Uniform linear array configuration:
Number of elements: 48
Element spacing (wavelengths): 1
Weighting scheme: blackman
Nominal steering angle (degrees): -30
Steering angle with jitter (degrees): -30.617
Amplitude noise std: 0.05
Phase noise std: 0.05

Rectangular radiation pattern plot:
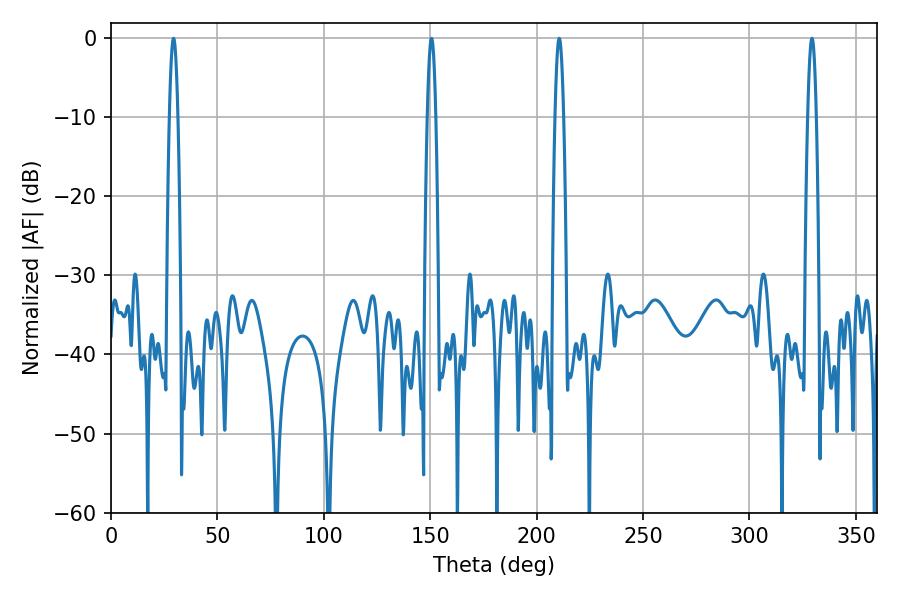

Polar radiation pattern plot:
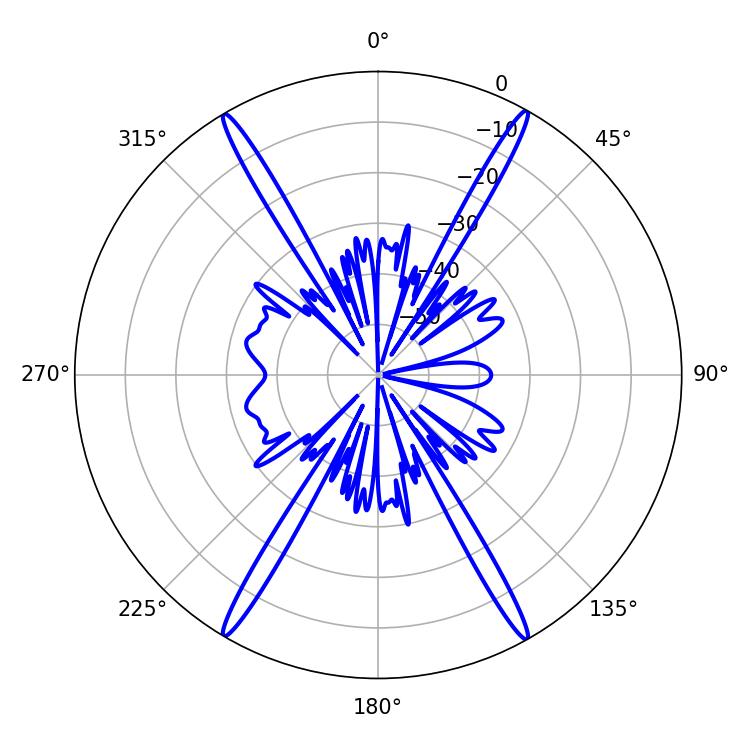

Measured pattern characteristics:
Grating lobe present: TRUE
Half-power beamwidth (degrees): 2.16
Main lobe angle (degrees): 210.6